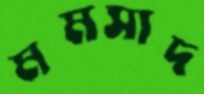
মমসাদ